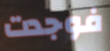
فوجدت